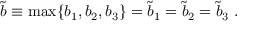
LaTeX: \tilde { b } \equiv \mathrm { m a x } \{ b _ { 1 } , b _ { 2 } , b _ { 3 } \} = \tilde { b } _ { 1 } = \tilde { b } _ { 2 } = \tilde { b } _ { 3 } \; .